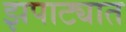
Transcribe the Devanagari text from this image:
झपाट्यात